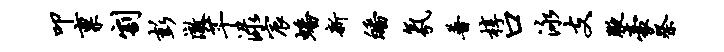
叩禀割彭澈芊渌宸蟠新皤氛普椁口泳支腋豪祭